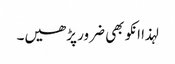
لہذا انکو بھی ضرور پڑھیں۔